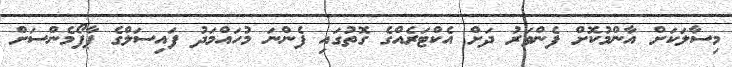
މިސާލަކަށް އާންމުކޮށް ފެންވަރު ދަށް އެކްޓަރެއްގެ ގޮތުގައި ފެންނަ މުހައްމަދު ފައިސަލްގެ ޕާފޯމެންސަށް